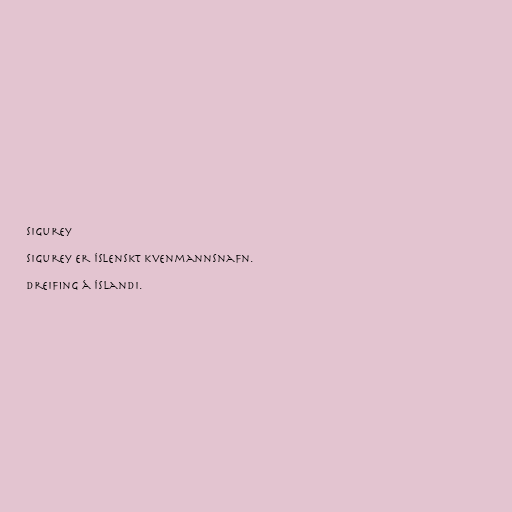
Sigurey

Sigurey er íslenskt kvenmannsnafn.

Dreifing á Íslandi.